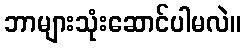
ဘာများသုံးဆောင်ပါမလဲ။